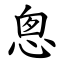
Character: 悤